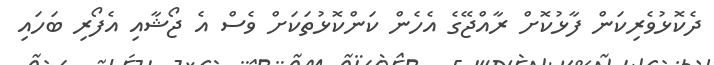
ދެކޮޅުވެރިކަން ފާޅުކޮށް ރާއްޖޭގެ އެހެން ކަންކޮޅުތަކަށް ވެސް އެ ޖޯޝާއި އެފޯރި ބަހައި